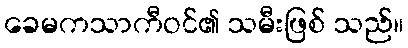
ခေမကသာကီဝင်၏ သမီးဖြစ် သည်။